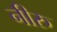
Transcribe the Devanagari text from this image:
नीरु